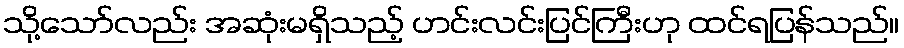
သို့သော်လည်း အဆုံးမရှိသည့် ဟင်းလင်းပြင်ကြီးဟု ထင်ရပြန်သည်။